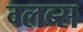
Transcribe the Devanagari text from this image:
ग्लब्स